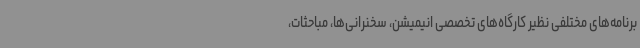
برنامه‌های مختلفی نظیر کارگاه‌های تخصصی انیمیشن، سخنرانی‌ها، مباحثات،